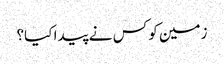
زمین کو کس نے پیدا کیا؟